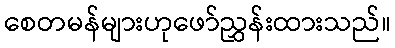
စေတမန်များဟုဖော်ညွှန်းထားသည်။